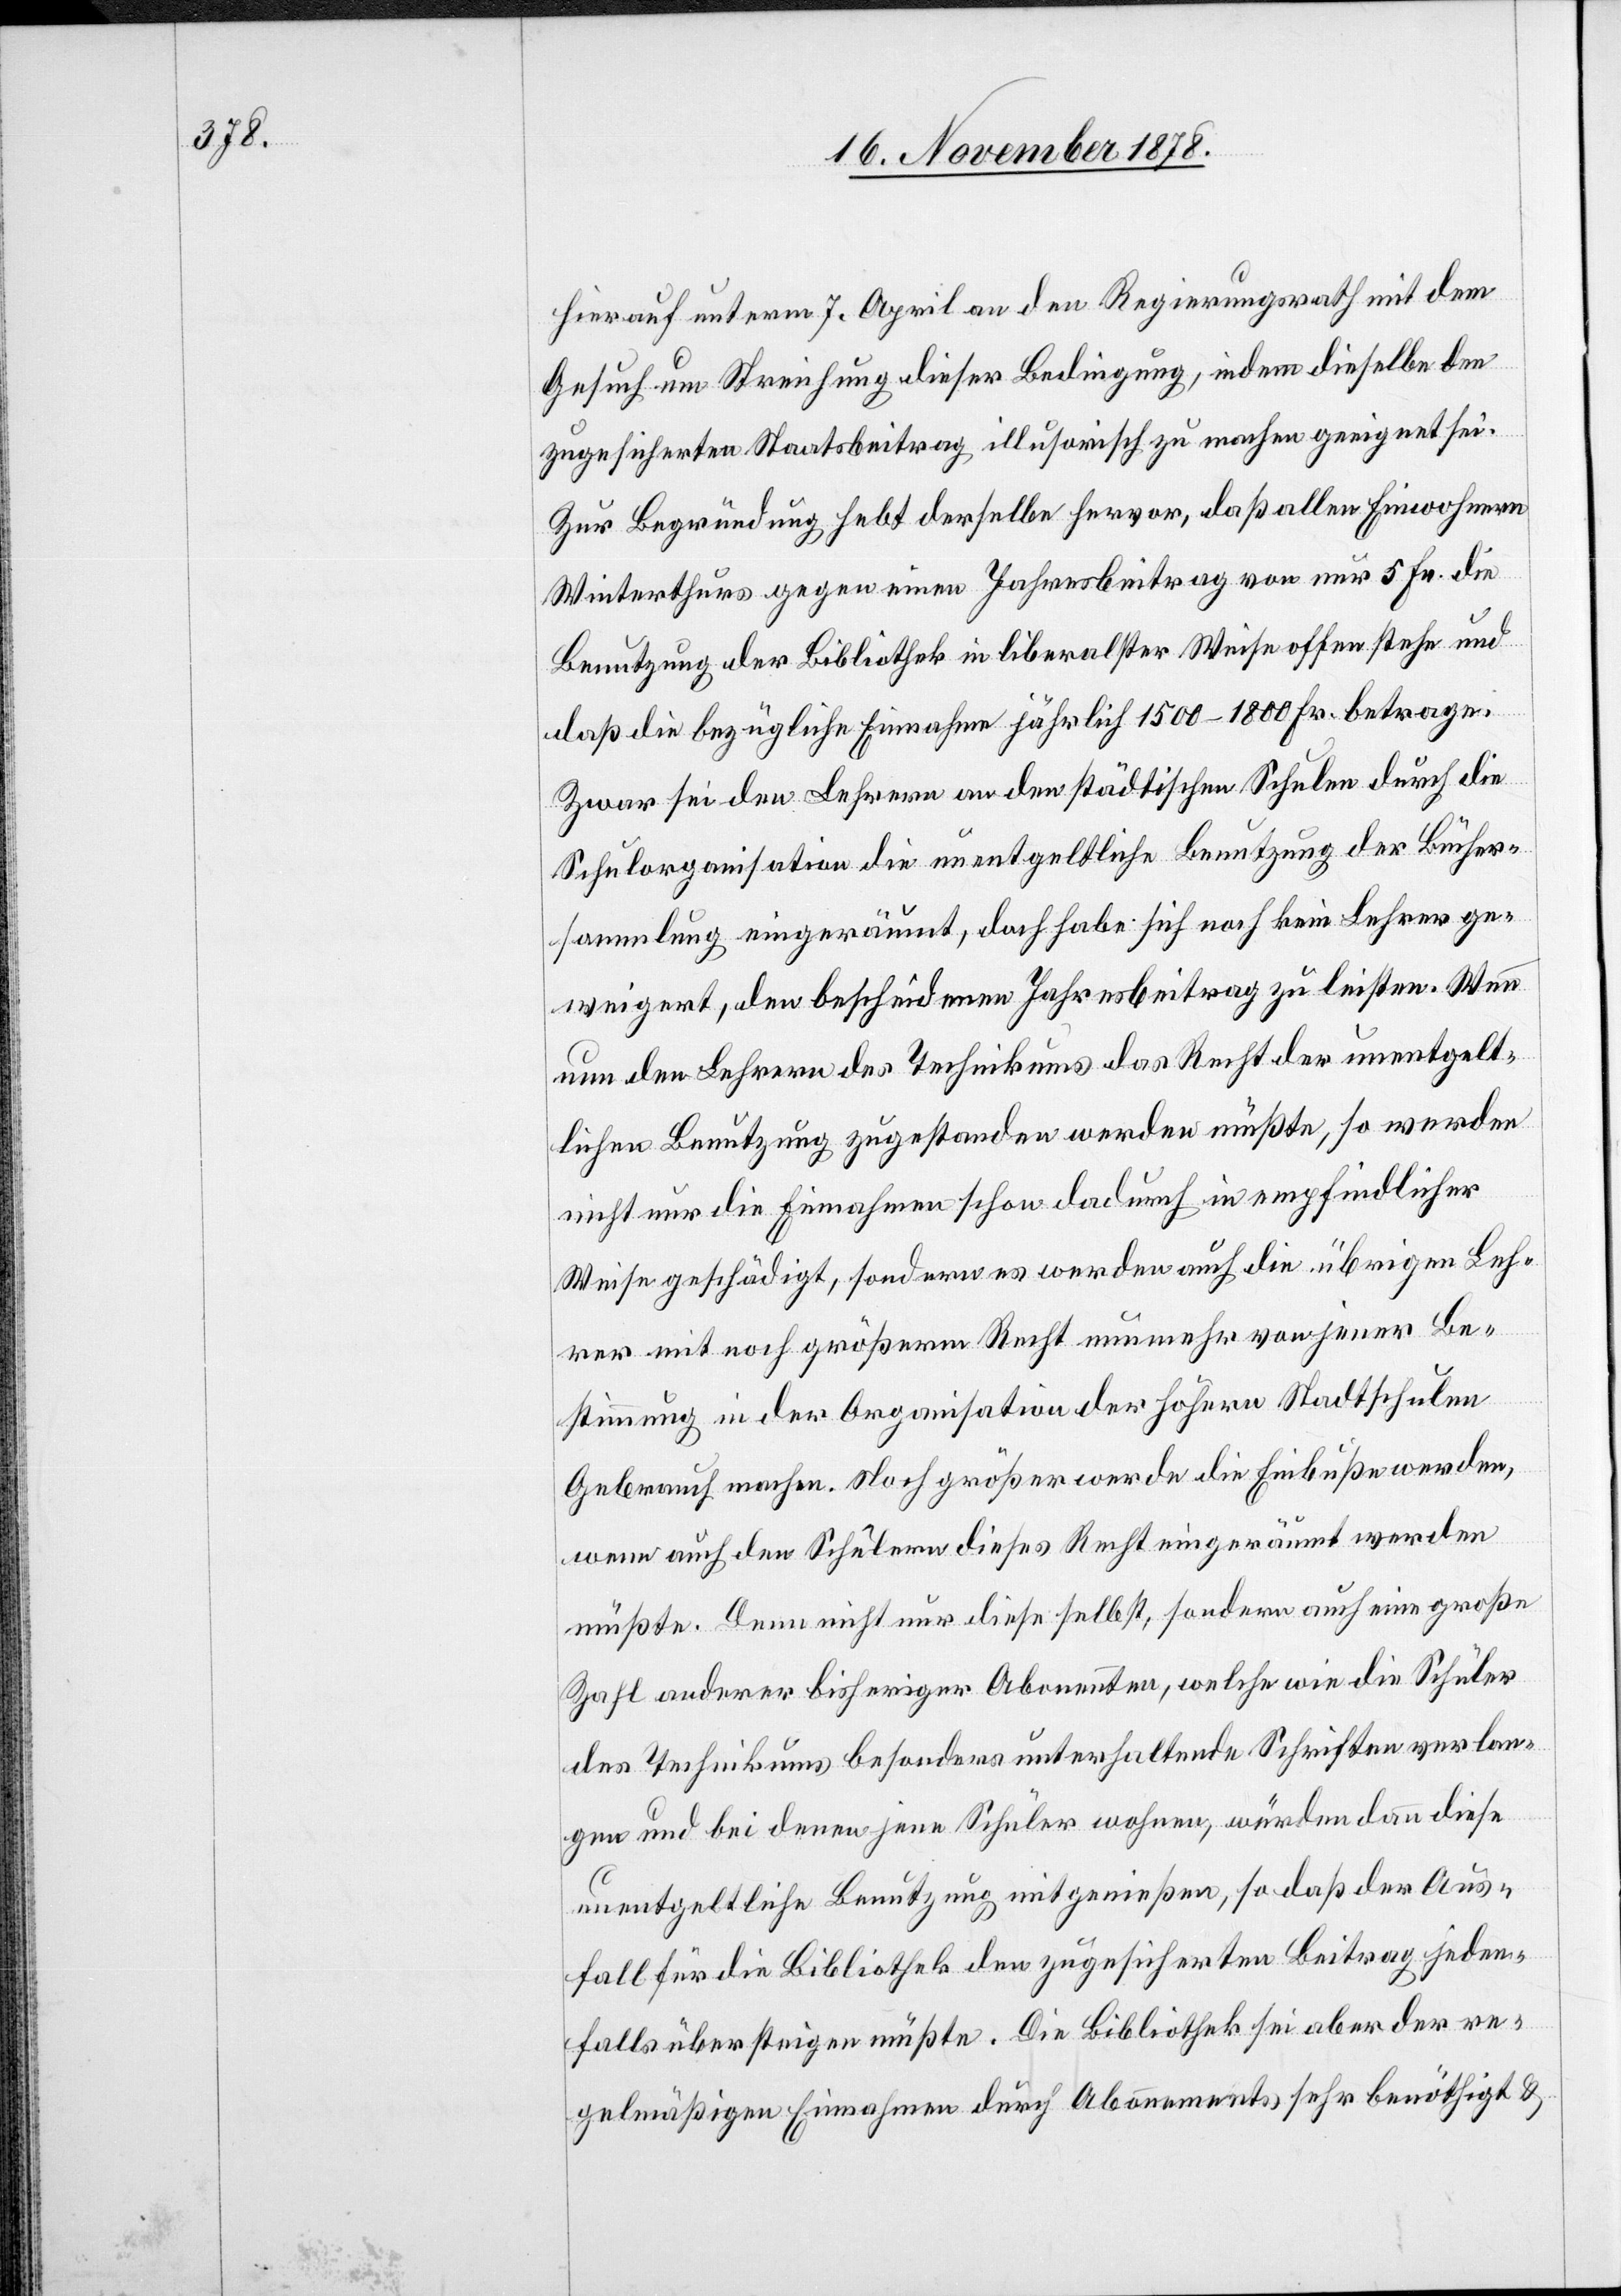
hierauf unterm 7. April an den Regierungsrath mit dem
Gesuch um Streichung dieser Bedingung, indem dieselbe den
zugesicherten Staatsbeitrag illusorisch zu machen geeignet sei.
Zur Begründung hebt derselbe hervor, daß allen Einwohnern
Winterthurs gegen einen Jahresbeitrag von nur 5 Fr. die
Benutzung der Bibliothek in liberalster Weise offen stehe und
daß die bezügliche Einnahme jährlich 1500–1800 Fr. betrage.
Zwar sei den Lehrern an den städtischen Schulen durch die
Schulorganisation die unentgeltliche Benutzung der Bücher¬
sammlung eingeräumt, doch habe sich noch kein Lehrer ge¬
weigert, den bescheidenen Jahresbeitrag zu leisten. Wenn
nun den Lehrern des Technikums das Recht der unentgelt¬
lichen Benutzung zugestanden werden müßte, so werden
nicht nur die Einnahmen schon dadurch in empfindlicher
Weise geschädigt, sondern es werden auch die übrigen Leh¬
rer mit noch größerem Recht nunmehr von jener Be¬
stimmung in der Organisation der höhern Stadtschulen
Gebrauch machen. Noch größer werde die Einbuße werden,
wenn auch den Schülern dieses Recht eingeräumt werden
müßte. Denn nicht nur diese selbst, sondern auch eine große
Zahl anderer bisheriger Abonnenten, welche wie die Schüler
des Technikums besonders unterhaltene Schriften verlan¬
gen und bei denen jene Schüler wohnen, würden dann diese
unentgeltliche Benutzung mitgenießen, so daß der Aus¬
fall für die Bibliothek den zugesicherten Beitrag jeden¬
falls übersteigen müßte. Die Bibliothek sei aber der re¬
gelmäßigen Einnahmen durch Abonnements sehr benöthigt &